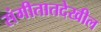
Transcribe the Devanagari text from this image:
संगीतातदेखील